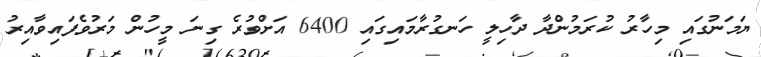
ޔަމަނުގައި މިހާރު ކުރަމުންދާ ދާހިލީ ހަނގުރާމައިގައި 6400 އަށްވުރެ ގިނަ މީހުން މަރުވެފައިވާއިރު